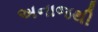
અનાજથી